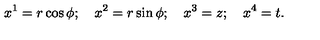
x ^ { 1 } = r \cos \phi ; \quad x ^ { 2 } = r \sin \phi ; \quad x ^ { 3 } = z ; \quad x ^ { 4 } = t .